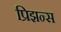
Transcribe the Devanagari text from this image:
प्रिझन्स